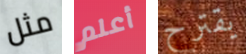
مثل أعلم يقترح